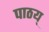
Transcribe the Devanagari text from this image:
पाठय्‌